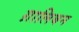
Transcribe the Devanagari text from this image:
ग़ालिबन